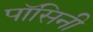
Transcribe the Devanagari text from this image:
पॉसिनी